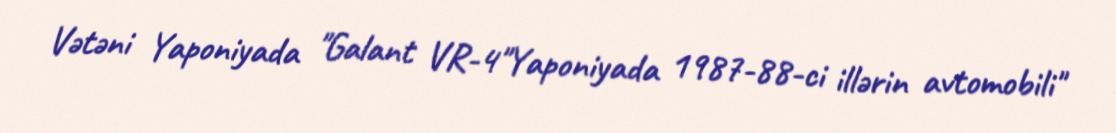
Vətəni Yaponiyada "Galant VR-4"Yaponiyada 1987-88-ci illərin avtomobili"